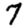
Digit: 7